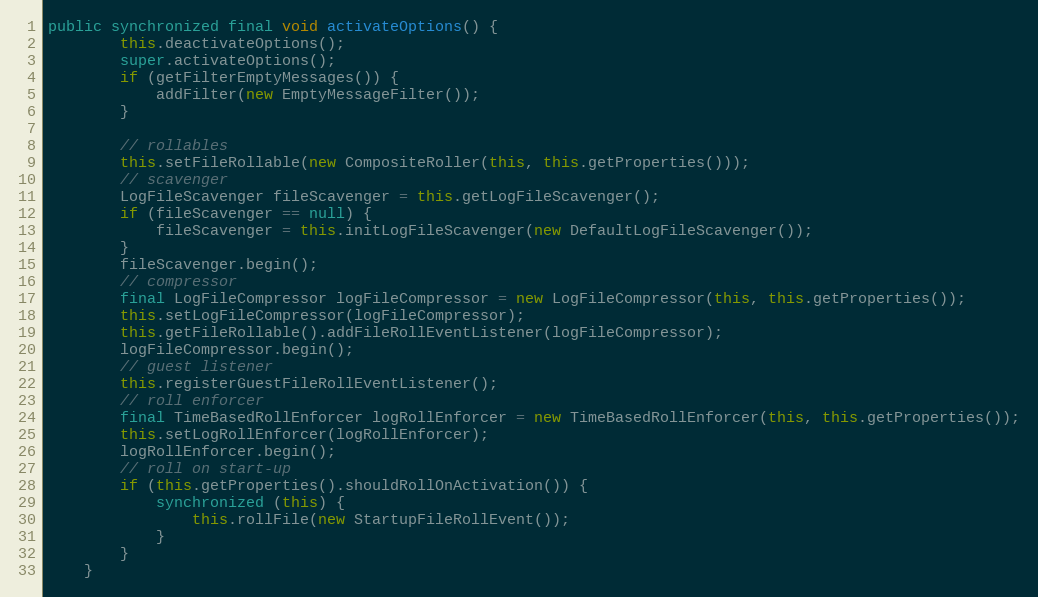
Language: Java
public synchronized final void activateOptions() {
		this.deactivateOptions();
		super.activateOptions();
		if (getFilterEmptyMessages()) {
			addFilter(new EmptyMessageFilter());
		}

		// rollables
		this.setFileRollable(new CompositeRoller(this, this.getProperties()));
		// scavenger
		LogFileScavenger fileScavenger = this.getLogFileScavenger();
		if (fileScavenger == null) {
			fileScavenger = this.initLogFileScavenger(new DefaultLogFileScavenger());
		}
		fileScavenger.begin();
		// compressor
		final LogFileCompressor logFileCompressor = new LogFileCompressor(this, this.getProperties());
		this.setLogFileCompressor(logFileCompressor);
		this.getFileRollable().addFileRollEventListener(logFileCompressor);
		logFileCompressor.begin();
		// guest listener
		this.registerGuestFileRollEventListener();
		// roll enforcer
		final TimeBasedRollEnforcer logRollEnforcer = new TimeBasedRollEnforcer(this, this.getProperties());
		this.setLogRollEnforcer(logRollEnforcer);
		logRollEnforcer.begin();
		// roll on start-up
		if (this.getProperties().shouldRollOnActivation()) {
			synchronized (this) {
				this.rollFile(new StartupFileRollEvent());
			}
		}
	}